Vaccination United Provinces of Agra and Oudh 1902-1913 - 1902-1913
Year: 1902
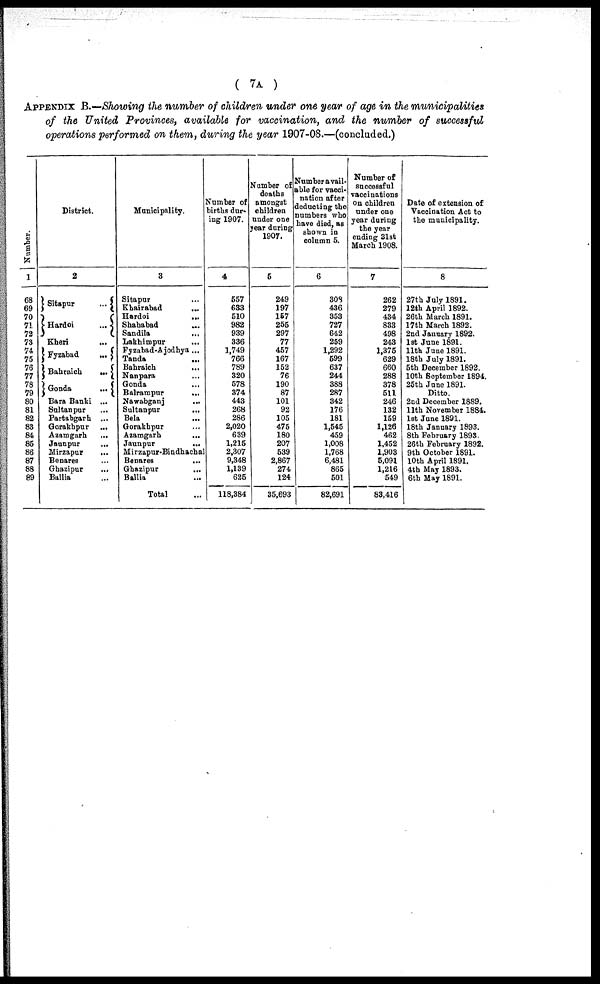
( 7A )
APPENDIX B.—Showing the number of children under one year of age in the municipalities
of the United Provinces, available for vaccination, and the number of successful
operations performed on them, during the year 1907-08.—(concluded.)
Number.
1
68
69
70
71
72
73
74
75
76
77
78
79
80
81
82
83
84
85
86
87
88
89
District.
2
Sitapur
...
Hardoi
...
Kheri ...
Fyzabad
...
Bahraich
...
Gonda
...
Bara Banki ...
Sultanpur ...
Partabgarh ...
Gorakhpur
...
Azamgarh
...
Jaunpur
...
Mirzapur
...
Benares ...
Ghazipur
...
Ballia ...
Municipality.
3
Sitapur ...
Khairabad
...
Hardoi
...
Shahabad ...
Sandila
...
Lakhimpur
...
Fyzabad-Ajodhya ...
Tanda ...
Bahraich ...
Nanpara ...
Gonda ...
Balrampur
...
Nawabganj ...
Sultanpur
...
Bela ...
Gorakhpur ...
Azamgarh ...
Jaunpur
...
Mirzapur-Bindhachal
Benares
...
Ghazipur ...
Ballia ...
Total ...
Number of
births dur-
ing 1907.
4
557
633
510
982
939
336
1,749
766
789
320
578
374
443
268
286
2,020
639
1,215
2,307
9,348
1,139
625
118,384
Number of
deaths
amongst
children
under one
year during
1907.
5
249
197
157
255
297
77
457
167
152
76
190
87
101
92
105
475
180
207
539
2,867
274
124
35,693
Number a vail¬
able for vacci-
nation after
deducting the
numbers who
have died, as
shown in
column 5.
6
308
436
353
727
642
259
1,292
599
637
244
388
287
342
176
181
1,545
459
1,008
1,768
6,481
865
501
82,691
Number of
successful
vaccinations
on children
under one
year during
the year
ending 31st
March 1908.
7
262
279
434
833
498
243
1,375
629
660
288
378
511
246
132
159
1,126
462
1,452
1,903
5,091
1,216
549
83,416
Date of extension of
Vaccination Act to
the municipality.
8
27th July 1891.
12th April 1892.
26th March 1891.
17th March 1892.
2nd January 1892.
1st June 1891.
11th June 1891.
18th July 1891.
5th December 1892.
10th September 1894.
25th June 1891.
Ditto.
2nd December 1889.
11th November 1884.
1st June 1891.
18th January 1893.
8th February 1893.
26th February 1892.
9th October 1891.
10th April 1891.
4th May 1893.
6th May 1891.